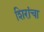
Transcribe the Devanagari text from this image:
शिरांचा